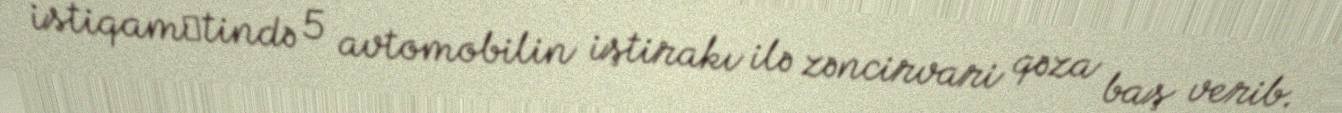
istiqamәtində 5 avtomobilin iştirakı ilə zəncirvari qəza baş verib.